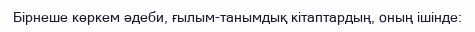
Бірнеше көркем әдеби, ғылым-танымдық кітаптардың, оның ішінде: